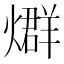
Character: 𤐆